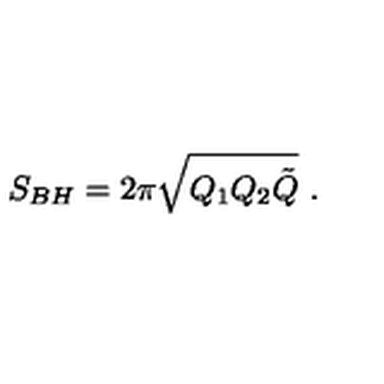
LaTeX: S _ { B H } = 2 \pi \sqrt { Q _ { 1 } Q _ { 2 } \tilde { Q } } \ .